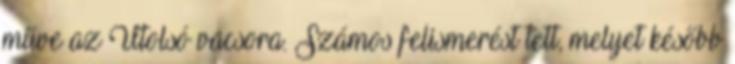
műve az Utolsó vacsora. Számos felismerést tett, melyet később